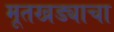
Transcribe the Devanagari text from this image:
मूतखड्याचा